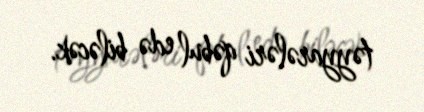
təyyarələri qəbul edə biləcək.